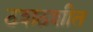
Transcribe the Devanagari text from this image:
ठशठशीत